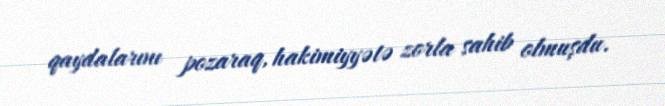
qaydalarını pozaraq, hakimiyyətə zorla sahib olmuşdu.